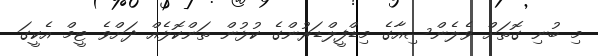
މި ބުނި ގޮތަށް ވެލެންސިއާގެ މިޑްފީލްޑަރުންގެ ކުޅުން ތަންކޮޅެއް ދަށްވެ ޓީމް އެކީގަ